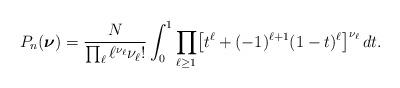
LaTeX: \begin{align*}P_n(\boldsymbol\nu)=\frac{N}{\prod_{\ell} \ell^{\nu_{\ell}}\nu_{\ell}!}\int_0^1\prod_{\ell\ge 1}\bigl[t^{\ell}+(-1)^{\ell+1}(1-t)^{\ell}\bigr]^{\nu_{\ell}}\,dt.\end{align*}